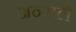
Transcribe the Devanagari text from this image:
अन्सले